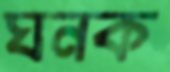
ঘনক